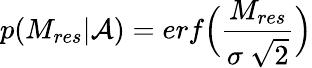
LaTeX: p(M_{res}|\mathcal{A})=erf\Big(\frac{M_{res}}{\sigma~\sqrt{2}}\Big)